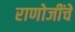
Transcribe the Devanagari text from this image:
राणोजींचे